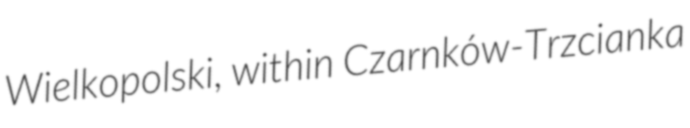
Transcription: Wielkopolski, within Czarnków-Trzcianka